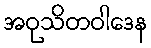
အဝုသိတဝါဒေန